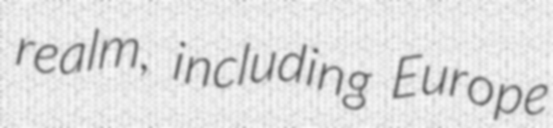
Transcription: realm, including Europe